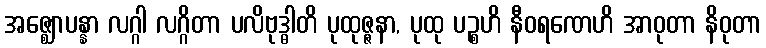
အဇ္ဈောပန္နာ လဂ္ဂါ လဂ္ဂိတာ ပလိဗုဒ္ဓါတိ ပုထုဇ္ဇနာ, ပုထု ပဉ္စဟိ နီဝရဏေဟိ အာဝုတာ နိဝုတာ